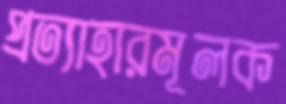
প্রত্যাহারমূলক